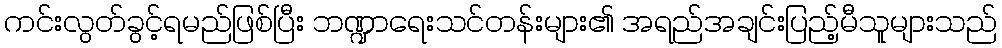
ကင်းလွတ်ခွင့်ရမည်ဖြစ်ပြီး ဘဏ္ဍာရေးသင်တန်းများ၏ အရည်အချင်းပြည့်မီသူများသည်